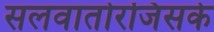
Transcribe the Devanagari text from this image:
सलवातोरजिसके